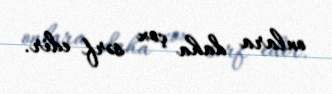
onlara daha çox sərf edir.